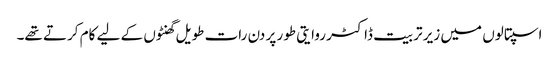
اسپتالوں میں زیر تربیت ڈاکٹر روایتی طور پر دن رات طویل گھنٹوں کے لیے کام کرتے تھے۔